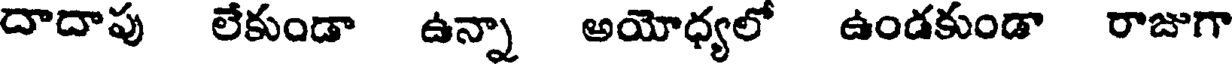
దాదాపు లేకుండా ఉన్నా అయోధ్యలో ఉండకుండా రాజుగా